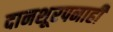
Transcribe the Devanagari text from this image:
दानशूरपनाही